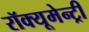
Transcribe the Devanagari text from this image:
रॉक्यूमेन्ट्री